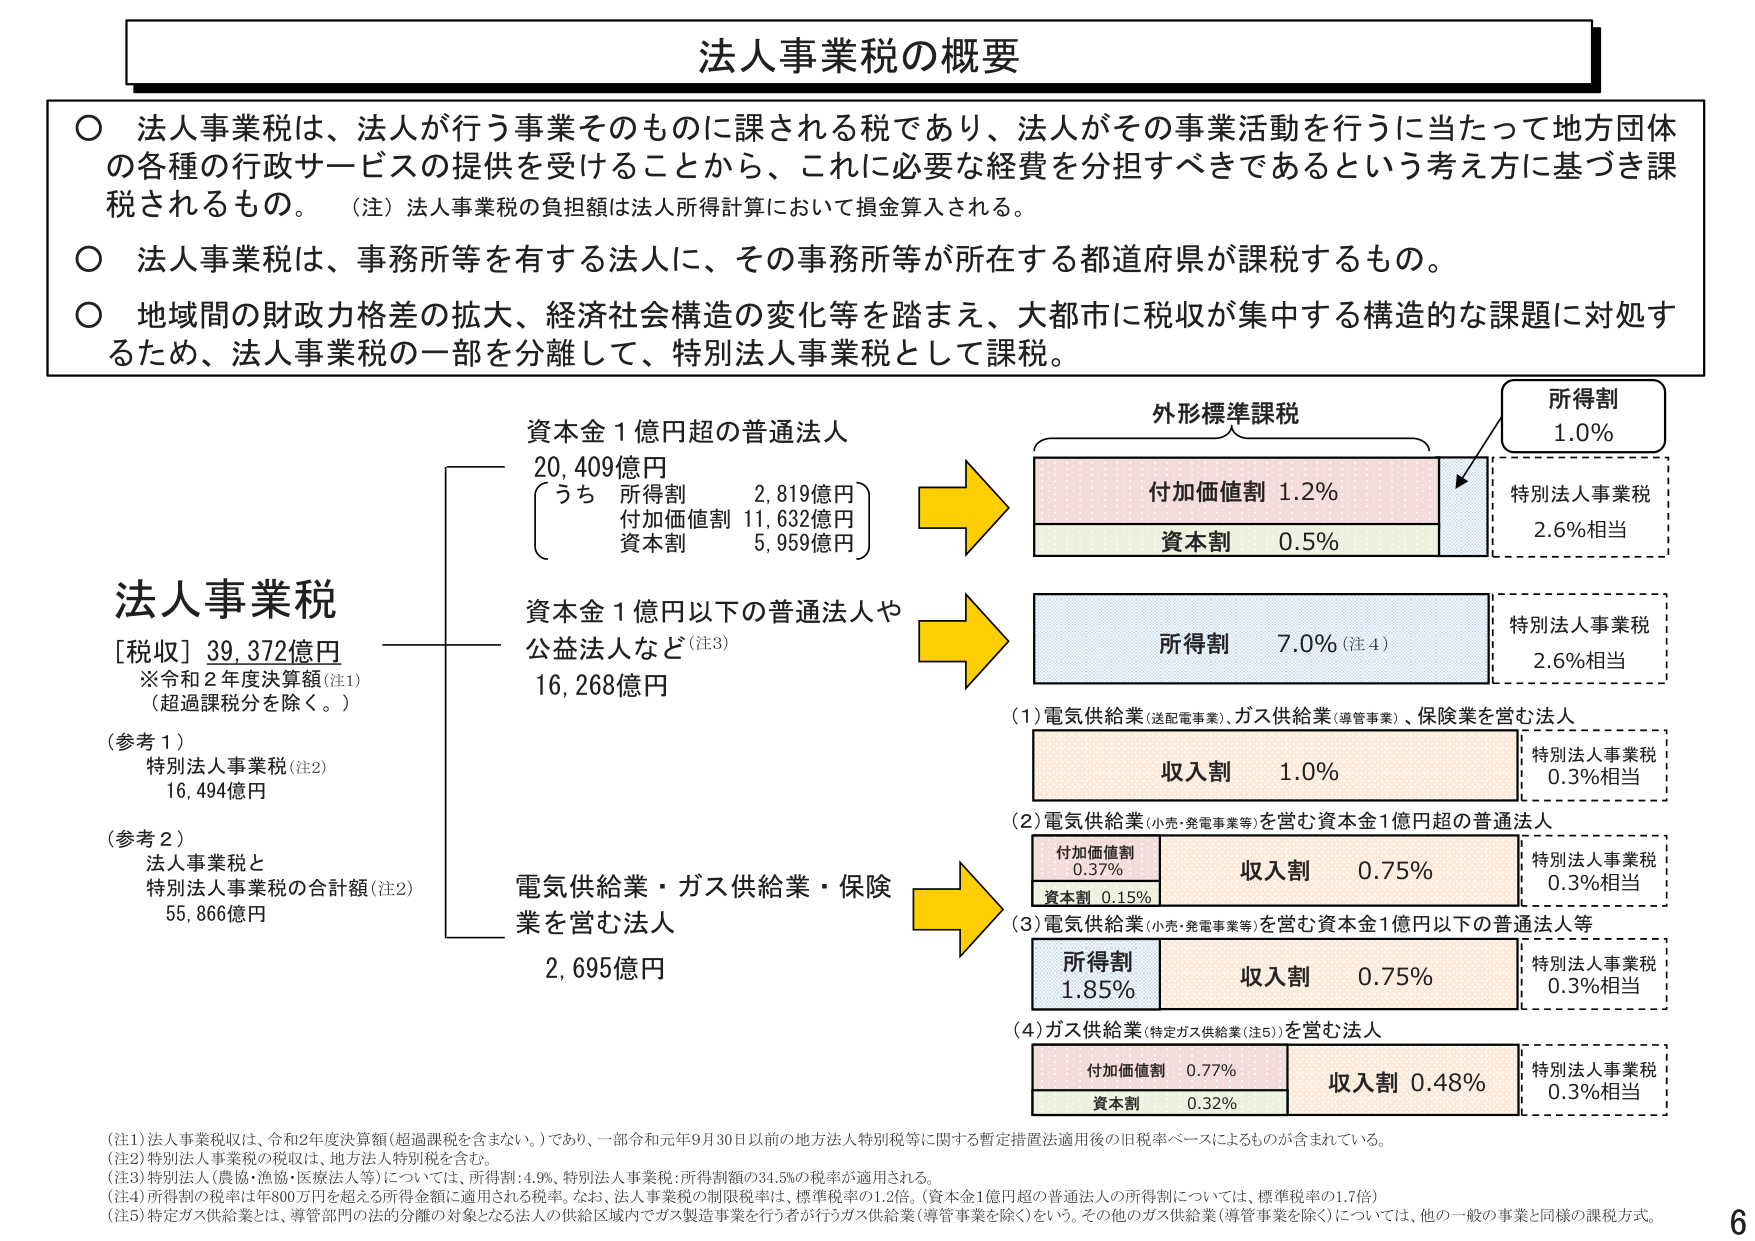
法人事業税の概要

○ 法人事業税は、法人が行う事業そのものに課される税であり、法人がその事業活動を行うに当たって地方団体の各種の行政サービスの提供を受けることから、これに必要な経費を分担すべきであるという考え方に基づき課税されるもの。（注）法人事業税の負担額は法人所得計算において損金算入される。

○ 法人事業税は、事務所等を有する法人に、その事務所等が所在する都道府県が課税するもの。

○ 地域間の財政力格差の拡大、経済社会構造の変化等を踏まえ、大都市に税収が集中する構造的な課題に対処するため、法人事業税の一部を分離して、特別法人事業税として課税。

法人事業税
[税収] 39,372億円
※令和2年度決算額（注1）
（超過課税分を除く。）

（参考1）
特別法人事業税（注2）
16,494億円

（参考2）
法人事業税と
特別法人事業税の合計額（注2）
55,866億円

資本金1億円超の普通法人
20,409億円
（うち 所得割 2,819億円
付加価値割 11,632億円
資本割 5,959億円）

資本金1億円以下の普通法人や
公益法人など（注3）
16,268億円

電気供給業・ガス供給業・保険業を営む法人
2,695億円

外形標準課税
付加価値割 1.2%
資本割 0.5%
所得割 1.0%
特別法人事業税 2.6%相当

所得割 7.0%（注4）
特別法人事業税 2.6%相当

（1）電気供給業（送配電事業）、ガス供給業（導管事業）、保険業を営む法人
収入割 1.0%
特別法人事業税 0.3%相当

（2）電気供給業（小売・発電事業等）を営む資本金1億円超の普通法人
付加価値割 0.37%
収入割 0.75%
資本割 0.15%
特別法人事業税 0.3%相当

（3）電気供給業（小売・発電事業等）を営む資本金1億円以下の普通法人等
所得割 1.85%
収入割 0.75%
特別法人事業税 0.3%相当

（4）ガス供給業（特定ガス供給業（注5））を営む法人
付加価値割 0.77%
収入割 0.48%
資本割 0.32%
特別法人事業税 0.3%相当

（注1）法人事業税収は、令和2年度決算額（超過課税を含まない。）であり、一部令和元年9月30日以前の地方法人特別税等に関する暫定措置法適用後の旧税率ベースによるものが含まれている。
（注2）特別法人事業税の税収は、地方法人特別税を含む。
（注3）特別法人（農協・漁協・医療法人等）については、所得割：4.9%、特別法人事業税：所得割額の34.5%の税率が適用される。
（注4）所得割の税率は年800万円を超える所得金額に適用される税率。なお、法人事業税の制限税率は、標準税率の1.2倍。（資本金1億円超の普通法人の所得割については、標準税率の1.7倍）
（注5）特定ガス供給業とは、導管部門の法的分離の対象となる法人の供給区域内でガス製造事業を行う者が行うガス供給業（導管事業を除く）をいう。その他のガス供給業（導管事業を除く）については、他の一般の事業と同様の課税方式。

6